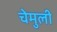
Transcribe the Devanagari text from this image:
चेमुली